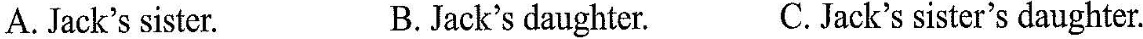
A. Jack's sister.